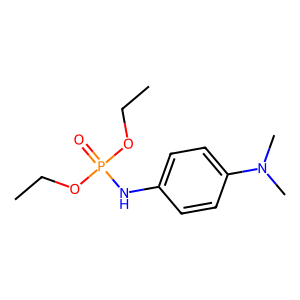
SMILES: CCOP(=O)(Nc1ccc(N(C)C)cc1)OCC
Inhibits HIV replication: No